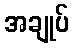
အချုပ်